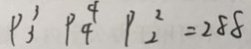
P _ { 3 } ^ { 3 } P _ { 4 } ^ { 4 } P _ { 2 } ^ { 2 } = 2 8 8